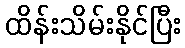
ထိန်းသိမ်းနိုင်ပြီး